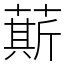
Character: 䔮